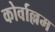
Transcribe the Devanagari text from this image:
कोर्वाल्लम